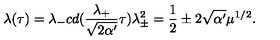
\lambda ( \tau ) = \lambda _ { - } c d ( \frac { \lambda _ { + } } { \sqrt { 2 \alpha ^ { \prime } } } \tau ) \lambda _ { \pm } ^ { 2 } = \frac { 1 } { 2 } \pm 2 \sqrt { \alpha ^ { \prime } } \mu ^ { 1 / 2 } .